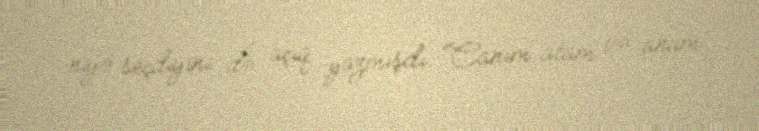
niyə seçdiyini də açıq yazmışdı: “Canım atam və anam.